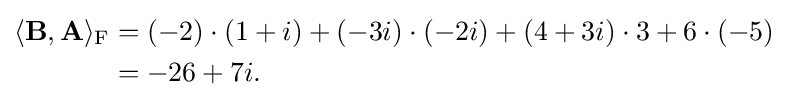
{\begin{aligned}\langle \mathbf {B} ,\mathbf {A} \rangle _{\mathrm {F} }&=(-2)\cdot (1+i)+(-3i)\cdot (-2i)+(4+3i)\cdot 3+6\cdot (-5)\\&=-26+7i.\end{aligned}}